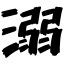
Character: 溺